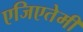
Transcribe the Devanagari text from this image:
एजिएतेमी